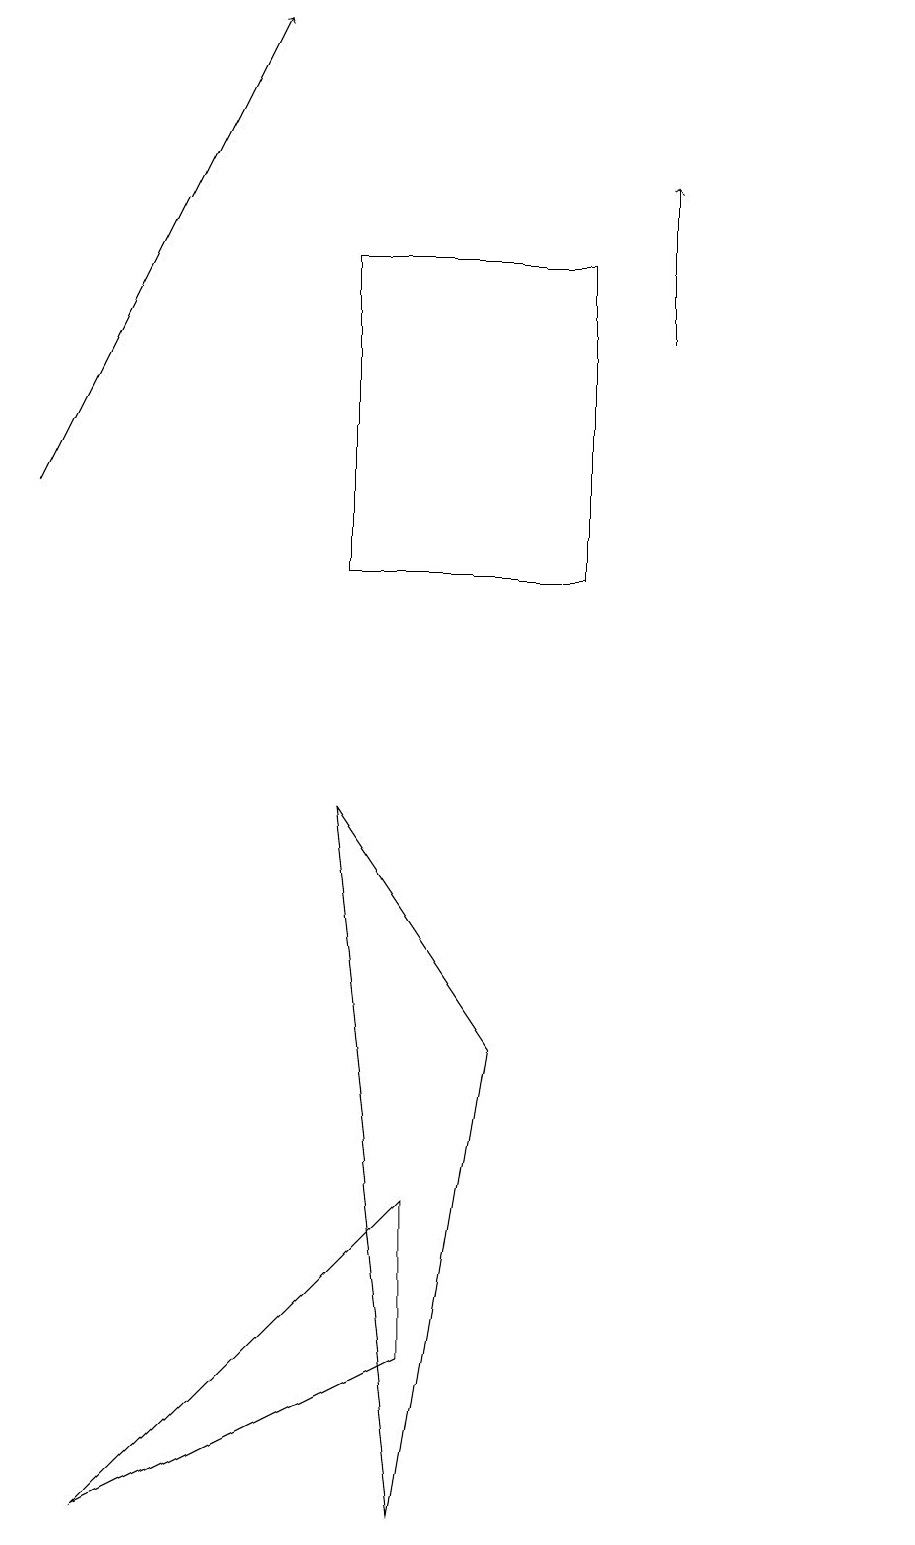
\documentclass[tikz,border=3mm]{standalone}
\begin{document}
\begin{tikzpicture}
\draw[->] (1,13) -- (4,19);
\draw[->] (9,15) -- (9,17);
\draw (6,2) -- (2,0) -- (6,4) -- cycle;
\draw (12,11) circle (0);
\draw (5,12) rectangle (8,16);
\draw (7,6) -- (6,0) -- (5,9) -- cycle;
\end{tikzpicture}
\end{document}